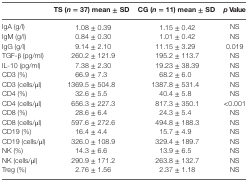
<table><thead><tr><td>[EMPTY_CELL]</td><td><b>TS (<i>n</i> = 37) mean ± SD</b></td><td><b>CG (<i>n</i> = 11) mean ± SD</b></td><td><b><i>p</i> Value</b></td></tr></thead><tbody><tr><td>IgA (g/l)</td><td>1.08 ± 0.39</td><td>1.15 ± 0.42</td><td>NS</td></tr><tr><td>IgM (g/l)</td><td>0.84 ± 0.30</td><td>1.01 ± 0.42</td><td>NS</td></tr><tr><td>IgG (g/l)</td><td>9.14 ± 2.10</td><td>11.15 ± 3.29</td><td>0.019</td></tr><tr><td>TGF-β (pg/ml)</td><td>260.2 ± 121.9</td><td>195.2 ± 113.7</td><td>NS</td></tr><tr><td>IL-10 (pg/ml)</td><td>7.38 ± 2.30</td><td>19.23 ± 38.39</td><td>NS</td></tr><tr><td>CD3 (%)</td><td>66.9 ± 7.3</td><td>68.2 ± 6.0</td><td>NS</td></tr><tr><td>CD3 (cells/μl)</td><td>1369.5 ± 504.8</td><td>1387.8 ± 531.4</td><td>NS</td></tr><tr><td>CD4 (%)</td><td>32.6 ± 5.5</td><td>40.4 ± 5.8</td><td>NS</td></tr><tr><td>CD4 (cells/μl)</td><td>656.3 ± 227.3</td><td>817.3 ± 350.1</td><td>&lt;0.001</td></tr><tr><td>CD8 (%)</td><td>28.6 ± 6.4</td><td>24.3 ± 5.4</td><td>NS</td></tr><tr><td>CD8 (cells/μl)</td><td>597.6 ± 272.6</td><td>494.8 ± 188.3</td><td>NS</td></tr><tr><td>CD19 (%)</td><td>16.4 ± 4.4</td><td>15.7 ± 4.9</td><td>NS</td></tr><tr><td>CD19 (cells/μl)</td><td>326.0 ± 108.9</td><td>329.4 ± 189.7</td><td>NS</td></tr><tr><td>NK (%)</td><td>14.3 ± 6.6</td><td>13.9 ± 6.5</td><td>NS</td></tr><tr><td>NK (cells/μl)</td><td>290.9 ± 171.2</td><td>263.8 ± 132.7</td><td>NS</td></tr><tr><td>Treg (%)</td><td>2.76 ± 1.56</td><td>2.37 ± 1.18</td><td>NS</td></tr></tbody></table>